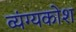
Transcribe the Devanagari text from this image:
व्यंग्यकोश